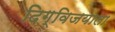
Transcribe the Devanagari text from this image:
दिग्विजयाला